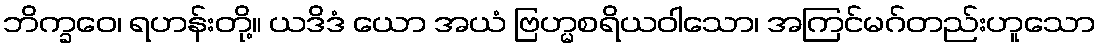
ဘိက္ခဝေ၊ ရဟန်းတို့။ ယဒိဒံ ယော အယံ ဗြဟ္မစရိယဝါသော၊ အကြင်မဂ်တည်းဟူသော